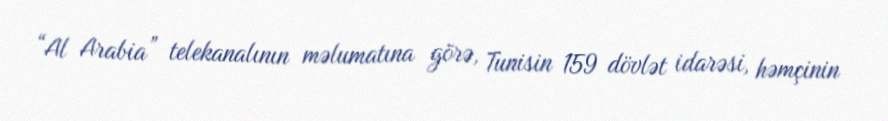
“Al Arabia” telekanalının məlumatına görə, Tunisin 159 dövlət idarəsi, həmçinin